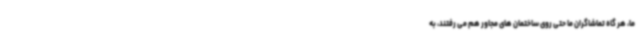
ما، هر گاه تماشاگران ما حتی روی ساختمان های مجاور هم می رفتند، به